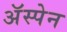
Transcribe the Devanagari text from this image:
अॅस्पेन